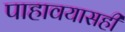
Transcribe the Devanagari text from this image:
पाहावयासही